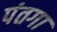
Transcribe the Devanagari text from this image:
पंतगा